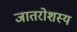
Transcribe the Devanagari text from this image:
जातरोशस्य